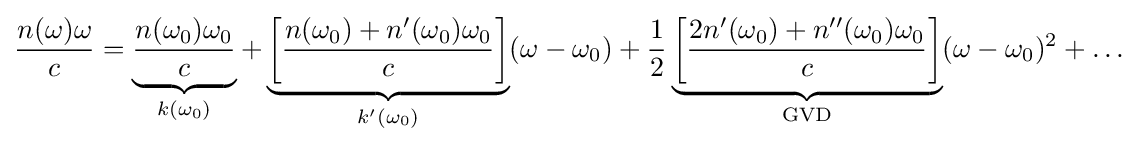
{\frac {n(\omega )\omega }{c}}=\underbrace {\frac {n(\omega _{0})\omega _{0}}{c}} _{k(\omega _{0})}+\underbrace {\left[{\frac {n(\omega _{0})+n'(\omega _{0})\omega _{0}}{c}}\right]} _{k'(\omega _{0})}(\omega -\omega _{0})+{\frac {1}{2}}\underbrace {\left[{\frac {2n'(\omega _{0})+n''(\omega _{0})\omega _{0}}{c}}\right]} _{\text{GVD}}(\omega -\omega _{0})^{2}+\dots